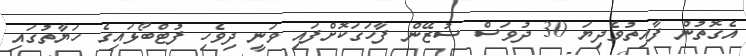
އެގޮތުން ފާއިތުވެދިޔަ 30 ދުވަސް ސުޒޭން ފާހަގަކޮށްފައި ވަނީ ދިވެހި ފުޓްބޯޅައިގެ ހަޔާތުގައި